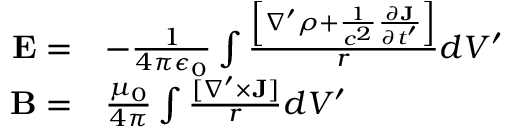
\begin{array} { r l } { { \mathbf E } = } & { - \frac { 1 } { 4 \pi \epsilon _ { 0 } } \int \frac { \left[ \nabla ^ { \prime } \rho + \frac { 1 } { c ^ { 2 } } \frac { \partial { \mathbf J } } { \partial t ^ { \prime } } \right] } { r } d V ^ { \prime } } \\ { { \mathbf B } = } & { \frac { \mu _ { 0 } } { 4 \pi } \int \frac { [ \nabla ^ { \prime } \times { \mathbf J } ] } { r } d V ^ { \prime } } \end{array}